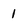
Character: 1